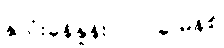
နှလုံးခုန်နှုန်း - ၇၂ ခု/မိနစ်